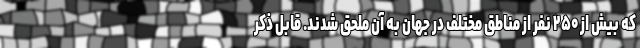
که بیش از ۲۵۰ نفر از مناطق مختلف در جهان به آن ملحق شدند. قابل ذکر